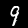
Digit: 9